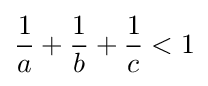
{\frac {1}{a}}+{\frac {1}{b}}+{\frac {1}{c}}<1